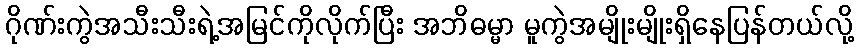
ဂိုဏ်းကွဲအသီးသီးရဲ့အမြင်ကိုလိုက်ပြီး အဘိဓမ္မာ မူကွဲအမျိုးမျိုးရှိနေပြန်တယ်လို့